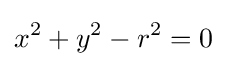
x^{2}+y^{2}-r^{2}=0